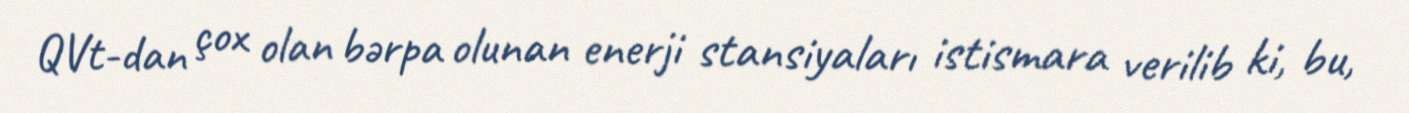
QVt-dan çox olan bərpa olunan enerji stansiyaları istismara verilib ki, bu,